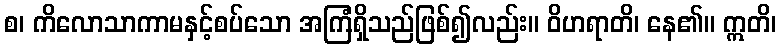
စ၊ ကိလောသာကာမနှင့်စပ်သော အကြံရှိသည်ဖြစ်၍လည်း။ ဝိဟရာတိ၊ နေ၏။ ဣတိ၊